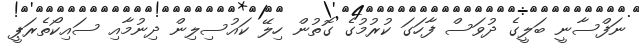
ނަފްސާނީ ބަލީގެ ދުވަސް ފާހަގަ ކުރުމުގެ ގޮތުން ހިލޭ ކައުސިލިން ދިނުމާއި ސައިކޯތެރަޕީ